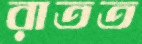
রাতত